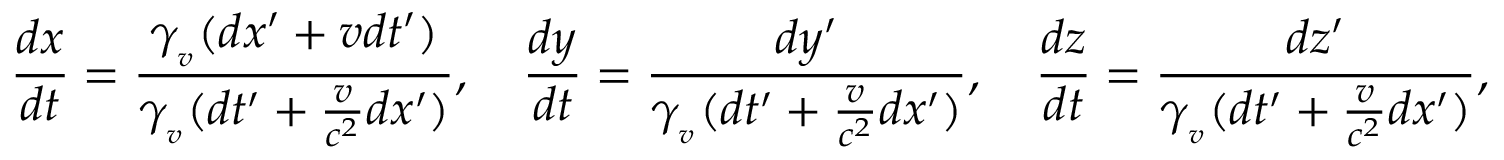
{ \frac { d x } { d t } } = { \frac { \gamma _ { _ { v } } ( d x ^ { \prime } + v d t ^ { \prime } ) } { \gamma _ { _ { v } } ( d t ^ { \prime } + { \frac { v } { c ^ { 2 } } } d x ^ { \prime } ) } } , \quad { \frac { d y } { d t } } = { \frac { d y ^ { \prime } } { \gamma _ { _ { v } } ( d t ^ { \prime } + { \frac { v } { c ^ { 2 } } } d x ^ { \prime } ) } } , \quad { \frac { d z } { d t } } = { \frac { d z ^ { \prime } } { \gamma _ { _ { v } } ( d t ^ { \prime } + { \frac { v } { c ^ { 2 } } } d x ^ { \prime } ) } } ,